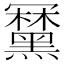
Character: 𪒍